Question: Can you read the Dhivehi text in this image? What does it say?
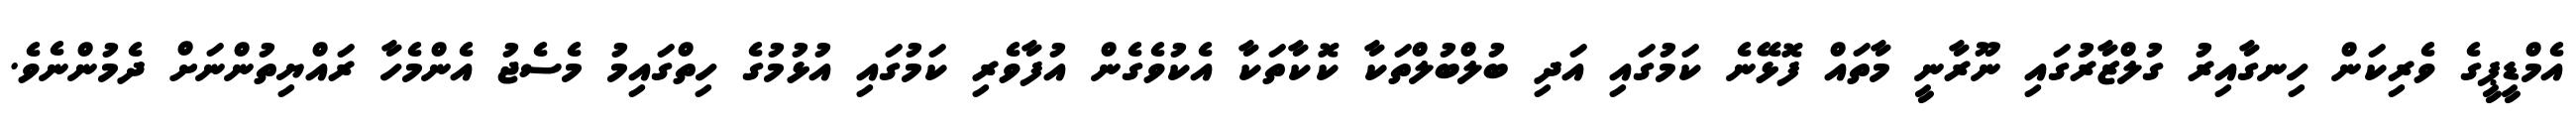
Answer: އެމްޑީޕީގެ ވެރިކަން ހިނގާއިރު ގުލްޒާރުގައި ނޫރާނީ މާތައް ފޮޅޭނެ ކަމުގައި އަދި ބުލްބުލްތަކާ ކޮކާތަކާ އެކުވެގެން އުފާވެރި ކަމުގައި އުޅުމުގެ ހިތްގައިމު މެސެޖު އެންމެހާ ރައްޔިތުންނަށް ދެމުންނެވެ.